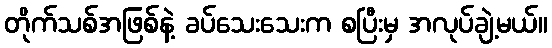
တိုက်သစ်အဖြစ်နဲ့ ခပ်သေးသေးက စပြီးမှ အလုပ်ချဲ့မယ်။